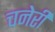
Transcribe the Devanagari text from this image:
चनेरी